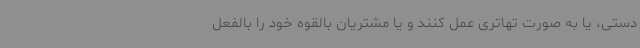
دستی، یا به صورت تهاتری عمل کنند و یا مشتریان بالقوه خود را بالفعل